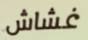
غشاش